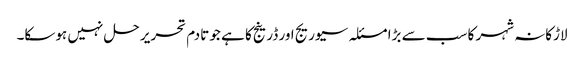
لاڑکانہ شہر کا سب سے بڑا مسئلہ سیوریج اور ڈرینج کا ہے جو تادم تحریر حل نہیں ہوسکا۔